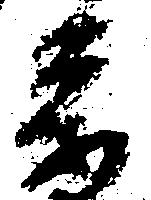
参